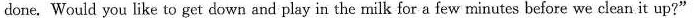
done, Would you like to get down and play in the milk for a few minutes before we clean it up?"